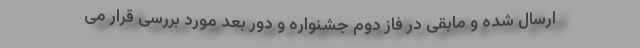
ارسال شده و مابقی در فاز دوم جشنواره و دور بعد مورد بررسی قرار می